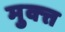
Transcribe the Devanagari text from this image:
मुक्त्त